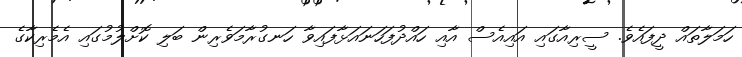
ހަމަލާތައް ދީފައެވެ. ސީރިއާގައި އައިއެސް އާއި ހައްދުފަހަނައަޅާފައިވާ ހަނގުރާމަވެރިން ބަލި ކޮށްލުމުގައި އެމެރިކާގެ